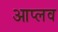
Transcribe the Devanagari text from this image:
आप्लव